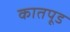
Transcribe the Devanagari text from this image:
कातपूड